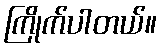
ကြိုက်ပါတယ်။